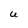
Character: U